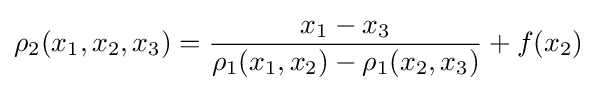
\rho _{2}(x_{1},x_{2},x_{3})={\frac {x_{1}-x_{3}}{\rho _{1}(x_{1},x_{2})-\rho _{1}(x_{2},x_{3})}}+f(x_{2})